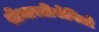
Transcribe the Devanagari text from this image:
श्रीभारतीसेवितो